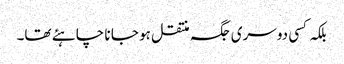
بلکہ کسی دوسری جگہ منتقل ہو جا نا چاہئے تھا۔